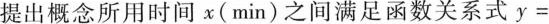
提出概念所用时间x(min)之间满足函数关系式$$y=